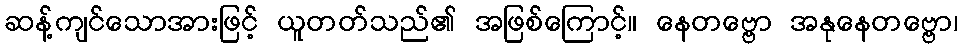
ဆန့်ကျင်သောအားဖြင့် ယူတတ်သည်၏ အဖြစ်ကြောင့်။ နေတဗ္ဗော အနုနေတဗ္ဗော၊